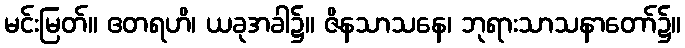
မင်းမြတ်။ ဧတရဟိ၊ ယခုအခါ၌။ ဇိနသာသနေ၊ ဘုရားသာသနာတော်၌။